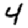
Digit: 4